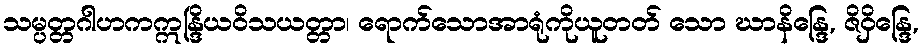
သမ္ပတ္တဂါဟကဣန္ဒြိယဝိသယတ္တာ၊ ရောက်သောအာရုံကိုယူတတ် သော ဃာနိန္ဒြေ, ဇိဝှိန္ဒြေ,